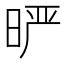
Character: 𰖈